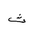
Letter: _tha